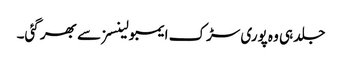
جلد ہی وہ پوری سڑک ایمبولینسز سے بھر گئی۔